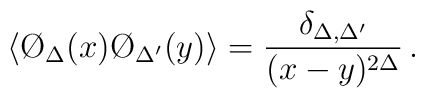
\langle \O_\Delta (x) \O _{\Delta '} (y) \rangle = {\delta _{\Delta, \Delta '} \over (x-y) ^{2 \Delta}}\, .